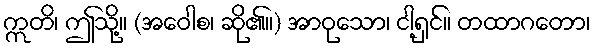
ဣတိ၊ ဤသို့။ (အဝေါစ၊ ဆို၏။) အာဝုသော၊ ငါ့ရှင်။ တထာဂတော၊